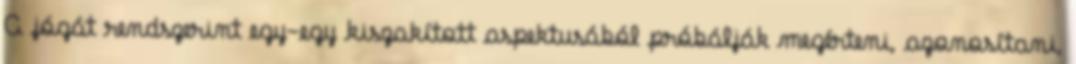
A jógát rendszerint egy-egy kiszakított aspektusából próbálják megérteni, azonosítani,